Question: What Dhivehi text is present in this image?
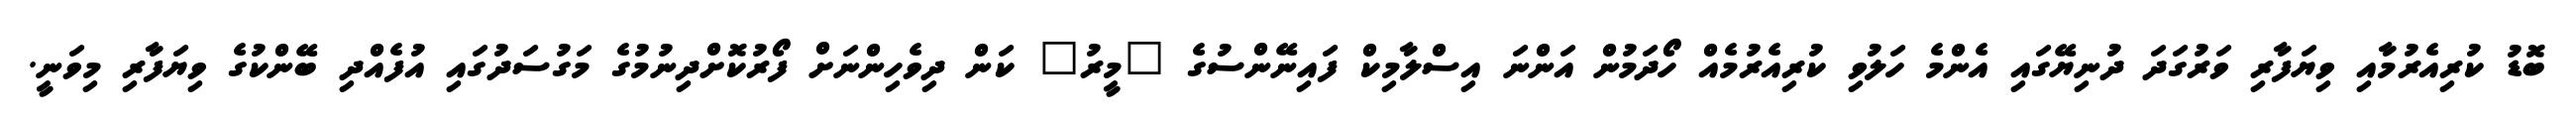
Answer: ބޮޑު ކުރިއެރުމާއި ވިޔަފާރި ވަރުގަދަ ދުނިޔޭގައި އެންމެ ހަލުވި ކުރިއެރުމެއް ހޯދަމުން އަންނަ އިސްލާމިކް ފައިނޭންސުގެ "މީރު" ކަން ދިވެހިންނަށް ފޯރުކޮށްދިނުމުގެ މަގުސަދުގައި އުފެއްދި ބޭންކުގެ ވިޔަފާރި މިވަނީ.